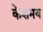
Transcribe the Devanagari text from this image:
केशमय